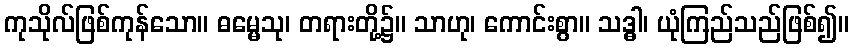
ကုသိုလ်ဖြစ်ကုန်သော။ ဓမ္မေသု၊ တရားတို့၌။ သာဟု၊ ကောင်းစွာ။ သဒ္ဓါ၊ ယုံကြည်သည်ဖြစ်၍။